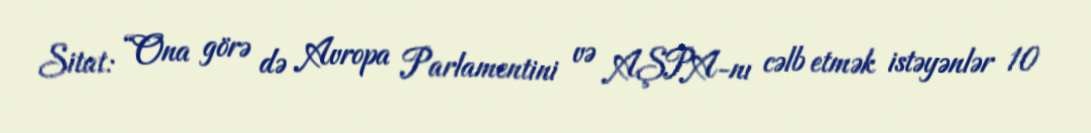
Sitat: “Ona görə də Avropa Parlamentini və AŞPA-nı cəlb etmək istəyənlər 10